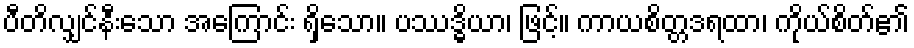
ပီတိလျှင်နီးသော အကြောင်း ရှိသော။ ပဿဒ္ဓိယာ၊ ဖြင့်။ ကာယစိတ္တဒရထာ၊ ကိုယ်စိတ်၏